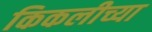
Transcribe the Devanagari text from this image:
किकलीच्या